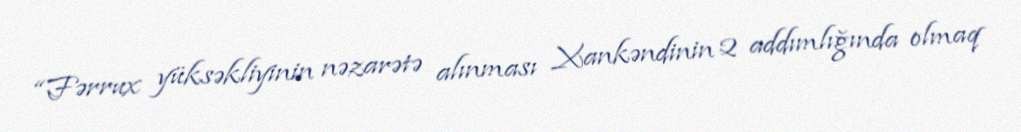
“Fərrux yüksəkliyinin nəzarətə alınması Xankəndinin 2 addımlığında olmaq